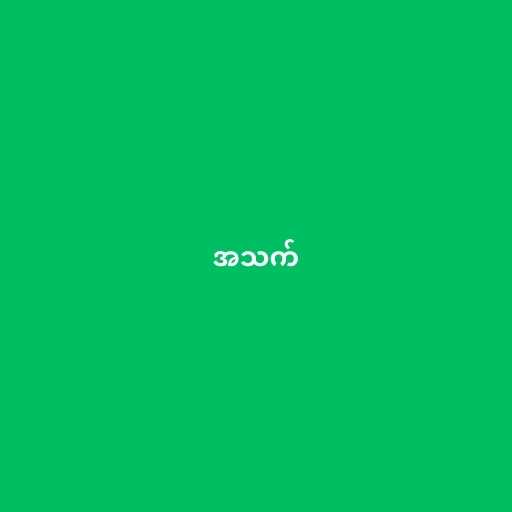
အသက်